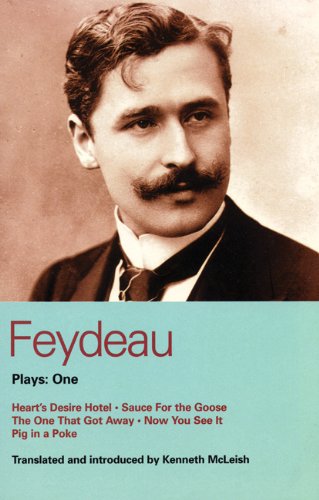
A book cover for Feydeau Plays: 1: Heart's Desire Hotel, Sauce for the Goose, The One That Got Away, Now You See it, Pig in a Poke (World Classics) (Vol 1); Georges Feydeau; Literature & Fiction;